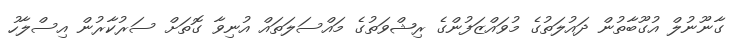
ގާނޫނުލް އުގޫބާތުން ދައުލަތުގެ މުވައްޒަފުންގެ ރިޝްވަތުގެ މައްސަލަތައް އުނިވާ ގޮތަށް ސަރުކާރުން އިސްލާހު